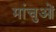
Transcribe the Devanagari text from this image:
मांचुओं